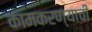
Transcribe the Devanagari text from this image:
कामकरण्याची